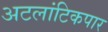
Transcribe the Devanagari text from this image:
अटलांटिकपार